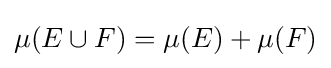
\mu (E\cup F)=\mu (E)+\mu (F)